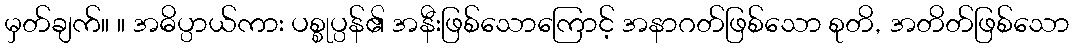
မှတ်ချက်။ ။ အဓိပ္ပာယ်ကား ပစ္စုပ္ပန်၏ အနီးဖြစ်သောကြောင့် အနာဂတ်ဖြစ်သော စုတိ, အတိတ်ဖြစ်သော